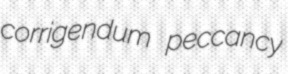
corrigendum peccancy